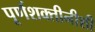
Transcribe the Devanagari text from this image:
पूर्णशक्तीनीशी